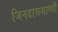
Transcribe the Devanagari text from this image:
जिनदासशास्त्री